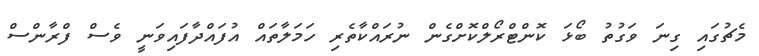
މެޗުގައި ގިނަ ވަގުތު ބޯޅަ ކޮންޓްރޯލްކޮށްގެން ނުރައްކާތެރި ހަމަލާތައް އުފައްދާފައިވަނީ ވެސް ފްރާންސް